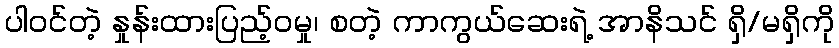
ပါဝင်တဲ့ နှုန်းထားပြည့်ဝမှု၊ စတဲ့ ကာကွယ်ဆေးရဲ့ အာနိသင် ရှိ/မရှိကို